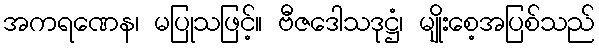
အကရဏေန၊ မပြုသဖြင့်။ ဗီဇဒေါသဒုဋ္ဌံ၊ မျိုးစေ့အပြစ်သည်